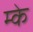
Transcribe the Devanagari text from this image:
म्के